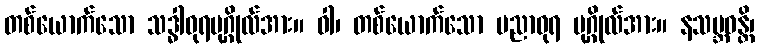
တစ်ယောက်သော သဒ္ဓါဓုရပုဂ္ဂိုလ်အား။ ဝါ၊ တစ်ယောက်သော ပညာဓုရ ပုဂ္ဂိုလ်အား။ နသမ္ဘဝန္တိ၊